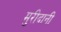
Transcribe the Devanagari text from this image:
मुरीदानी